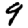
Digit: 9